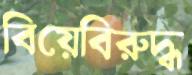
বিয়েবিরুদ্ধ